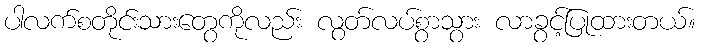
ပါလက်စတိုင်းသားတွေကိုလည်း လွတ်လပ်စွာသွား လာခွင့်ပြုထားတယ်။